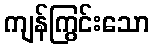
ကျန်ကြွင်းသော